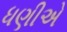
ધણીએ